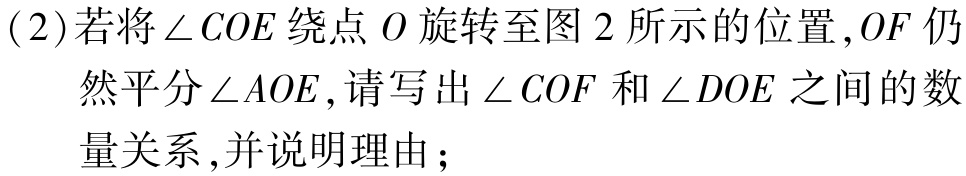
(2)若将\(\angle COE\)绕点\(O\)旋转至图 2 所示的位置，\(OF\)仍然平分\(\angle AOE\)，请写出\(\angle COF\)和\(\angle DOE\)之间的数量关系，并说明理由；